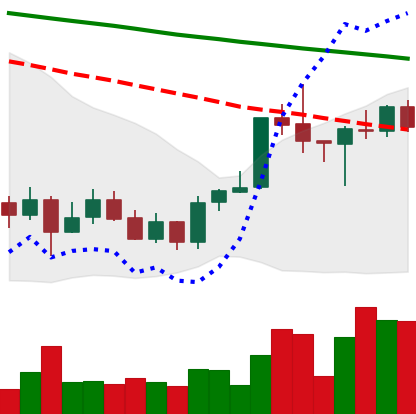
Ticker: ADA-USD
Chart end date: 2020-01-13
Forward return: 21.33%
Label: up_7plus